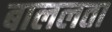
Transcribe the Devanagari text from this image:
बाललता